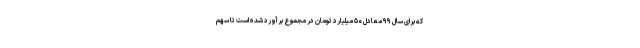
که برای سال ۹۹ معادل ۵۰ میلیارد تومان در مجموع برآورد شده است تا سهم